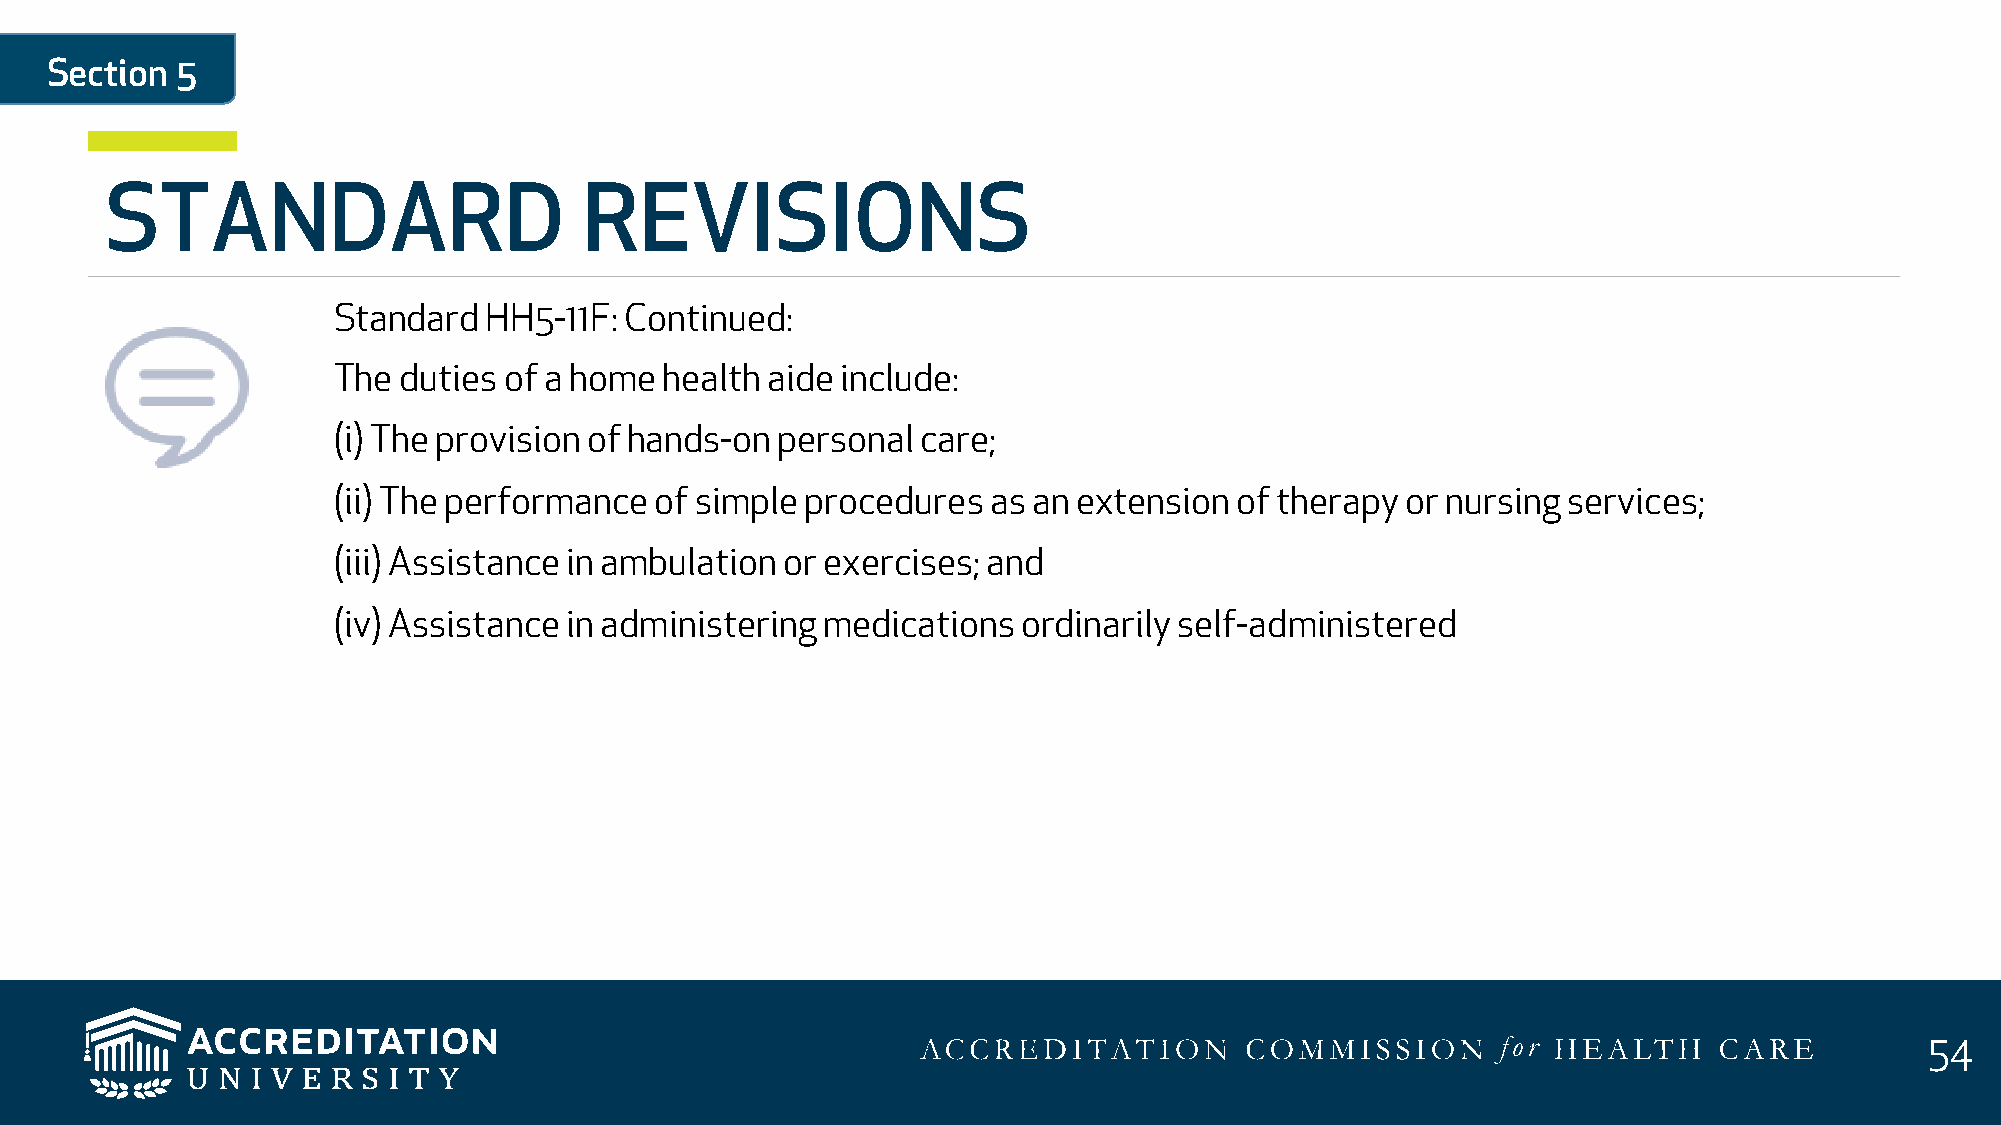
Section  5
 STANDARD                        REVISIONS
 Standard  HH5-11F: Continued:
 The duties of a home  health aide include:
 (i) The provision of hands-on personal care;
 (ii) The performance of simple procedures   as an extension of therapy or nursing services;
 (iii) Assistance in ambulation or exercises; and
 (iv) Assistance in administering medications  ordinarily self-administered
 54